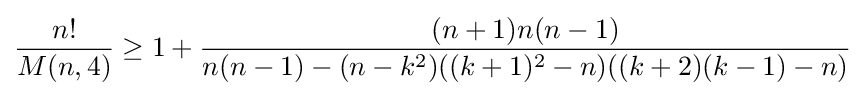
{\frac {n!}{M(n,4)}}\geq 1+{\frac {(n+1)n(n-1)}{n(n-1)-(n-k^{2})((k+1)^{2}-n)((k+2)(k-1)-n)}}